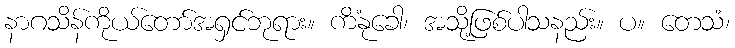
နာဂသိန်ကိုယ်တော်အရှင်ဘုရား။ ကိံနုခေါ၊ အသို့ဖြစ်ပါသနည်း။ ပ။ တေသံ၊